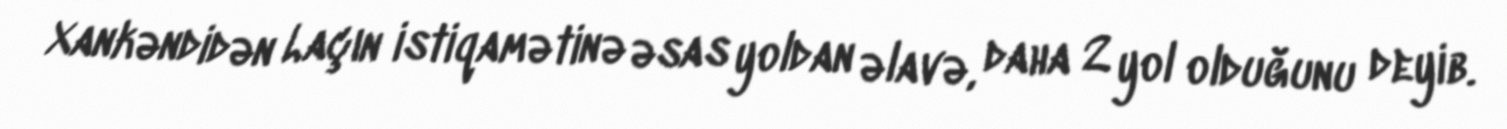
Xankəndidən Laçın istiqamətinə əsas yoldan əlavə, daha 2 yol olduğunu deyib.